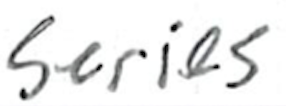
Text: series
Cross-out: clean
Writing tool: ballpoint